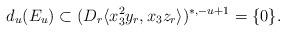
LaTeX: \begin{align*}d_u(E_u) \subset (D_r\langle x_3^2 y_r , x_3 z_r \rangle)^{*,-u+1} =\{0\}.\end{align*}